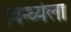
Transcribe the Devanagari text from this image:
विन्ध्येला